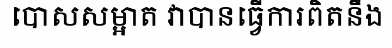
បោសសម្អាត វាបានធ្វើការពិតនឹង